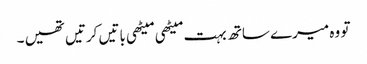
تو وہ میرے ساتھ بہت میٹھی میٹھی باتیں کرتیں تھیں ۔